Vital statistics of India. Vol. VI, European troops 1870-79
Year: 1870
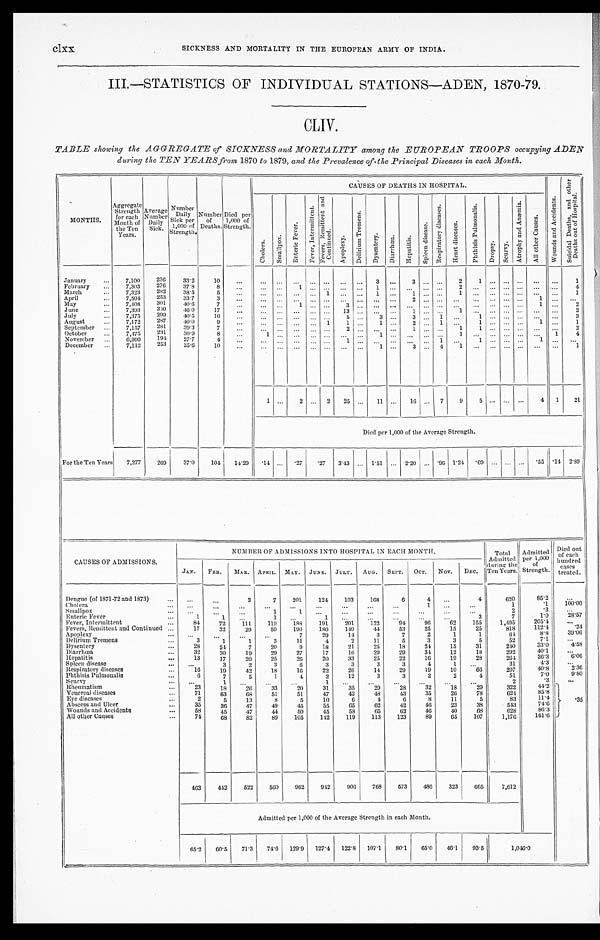
clxx
SICKNESS AND MORTALITY IN THE EUROPEAN ARMY OF INDIA.
III.—STATISTICS OF INDIVIDUAL STATIONS—ADEN, 1870-79.
CLIV.
TABLE showing the AGGREGATE of SICKNESS and MORTALITY among the EUROPEAN TROOPS occupying ADEN
during the TEN YEARS from 1870 to 1879, and the Prevalence of the Principal Diseases in each Month.
MONTHS.
Aggregate Strength for each
Month of
the Ten
Years. Average Number Daily Sick.
Number Daily Sick per
1,000 of
Strength. N u m b e r
o f
D e a t h s .
Died per
1,000 of
Strength.
CAUSES OF DEATHS IN HOSPITAL.
W o u n d s a n d A c c i d e n t s .
S u i c i d a l D e a t h s , a n d o t h e r
D e a t h s o u t o f H o s p i t a l .
C h o l e r a .
S m a l l p o x .
E n t e r i c F e v e r .
F e v e r , I n t e r m i t t e n t .
F e v e r s , R e m i t t e n t a n d
C o n t i n u e d .
A p o p l e x y .
D e l i r i u m T r e m e n s .
D y s e n t e r y . D i a r r h œ a . H e p a t i t i s .
S p l e e n d i s e a s e .
R e s p i r a t o r y d i s e a s e s .
H e a r t d i s e a s e s . P h t h i s i s P u l m o n a l i s .
D r o p s y .
S c u r v y .
A t r o p h y a n d A n æ m i a .
A l l o t h e r c a u s e s .
January
7,100 236 33.2 10
3
3
2
1
1
February
7,303 276 37.8 8
1
1
2
4
March
7,323 282 38.5 5
1
1
1
1
1
April
7,504 253 33.7 3
2
1
May 7,408 301 40.6
7
1
3
1
2
June 7,393 340 46.0 17
1 3
1
1
2
July
7,375 299 40.5 16
5
3
3
1
1
3
August
7,172 287 40.0 9
1
1
1
2
1
1
1
1
September
7,157 281 39.3 7
2
1
1 1
2
October
7,475 231 30.9
8
1
1
1
1 4
November
6,999 194 27.7 4
1
1
1
1
December
7,112 253 35.6 10
1
3
4 1
1
1
2
2 25
11
16
7 9 5
4 1 21
Died per 1,000 of the Average Strength.
For the Ten Years 7,277 269 37.0 104 14.29
. 1 4
. 2 7 .27 3.43 1. 51
2.20 .96 1.24 . 6 9
. 5 5 .14 2 . 8 9
CAUSES OF ADMISSIONS.
NUMBER OF ADMISSIONS INTO HOSPITAL IN EACH MONTH
Total Admi t t e d
d u r i n g t h e
Te n Ye a r s . Admitted per 1,000
of Strength.
Died out
of each
hundred cases treated.
JAN. FEB. MAR. APRIL. MAY. JUNE. JULY. AUG. SEPT. OCT. NOV. DEC.
Dengue (of 1871-72 and 1873)
3
7 201 124 103 168
6
4
4
620
85.2
Cholera
1
1
. 1
1 0 0 . 0 0
Smallpox
1
1
2
.3
Enteric Fever
1
1
1
1
3
7
1. 0
28. 57
Fever, Intermittent
84 72
1 1 1 119
1 8 8 191 201 122 94 96
6 2 155 1, 495
205.4
Fevers, Remittent and Continued
17 32 29 59 190 180 149 44 53 25 15 25
818 112.4
.24
Apoplexy
7 29 14
3
7
2
1
1
64
8. 8 39. 06
Delirium Tremens
3
1
1
3 11
4
2 11
5
3
3
5
52
7. 1
Dysentery
2 8 24
7 20
9 18 21 25 18 24 15 31
240
33.0
4. 58
Diarrhœa
32 30 19 29 27 17 16 29 29 34 12 18
292
40.1
Hepatitis
13 17 20 25 26 20 33 25 22 16 19 28
264
36. 3
6. 06
Spleen disease
3 2
3
6
3
3
3
3
4
1
31
4. 3
Respiratory diseases
16 19 42 18 16 22 26 14 29 19 10 66
297
40.8
2.36
Phthisis Pulmonalis
6
7
5
1
4
2 12
3
3
2
2
4
51
7. 0
9. 80
Scurvy
1
1
2
.3
Rheumatism
23 18 26
3 3
2 0 31 35 29 28 32 18 29
322
44.2
.35
Venereal diseases
71 63 68 51 51 47 43
4 8 43 35 26 78
624
85.8
Eye diseases
2
5 13
8
5 10
6
4
6
8 11
5
83
11.4
Abscess and Ulcer
35 36 47 49 45 55 65 62 42 46 23 38
543
74.6
Wounds and Accidents
58 45 47 44 50 45 58 65 62 46 40 68
628
8 6 . 3
All other Causes
74 68 82 89 105 142 119 113 123 89 65 107 1,176 161.6
463 442 522 560 962 942 906 768 573 486 323 665 7,612
Admitted per 1,000 of the Average Strength in each Month.
6 5 . 2 60.5 71.3 74.6 129.9 127.4 122.8 107.1 80.1 65.0 46.1 93.5
1 , 0 4 6 . 0